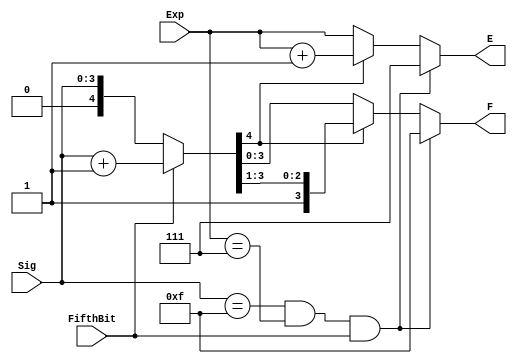
`timescale 1ns / 1ps
//////////////////////////////////////////////////////////////////////////////////
// Company: 
// Engineer: 
// 
// Design Name: 
// Module Name:    Rounding 
// Project Name: 
// Target Devices: 
// Tool versions: 
// Description: 
//
// Dependencies: 
//
// Revision: 
// Revision 0.01 - File Created
// Additional Comments: 
//
//////////////////////////////////////////////////////////////////////////////////
module Rounding(
	//Inputs
	Exp, Sig, FifthBit,
	//Outputs
	E, F
);

    input [2:0] Exp;
    input [3:0] Sig;
    input FifthBit;
    output [2:0] E;
    output [3:0] F;
	
	reg [4:0] sum;
    reg [2:0] E1;

	always @* begin
        if (Sig == 4'hF && Exp == 3'b111 && FifthBit == 1)
            begin
                sum = 5'b01111;
                E1 = 3'b111;
            end
        else
            begin
            sum = FifthBit ? Sig + 1 : Sig;
            
            if (sum[4])
                begin
                    sum = sum >> 1;
                    E1 = Exp + 1;
                end
            else
                E1 = Exp;	
            end
	end
    
	assign F = sum[3:0];
    assign E = E1;
	
endmodule